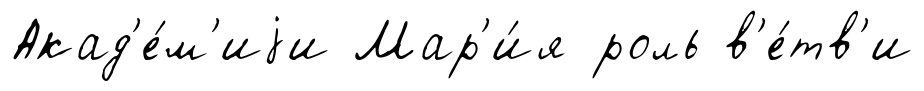
Акад'е́м'иjи Мар'и́я роль в'е́тв'и